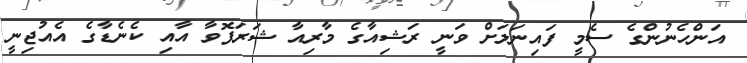
އަންހެނުންގެ ސެމީ ފައިނަލަށް ވަނީ ރަޝިއާގެ މާރިއާ ޝަރަޕޮވާ އާއި ކެނެޑާގެ އެއުޖިނީ